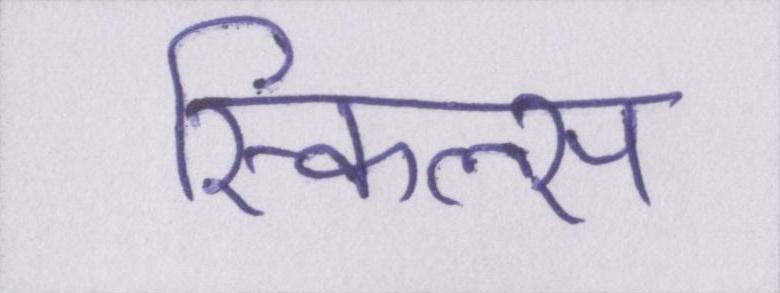
स्किल्स